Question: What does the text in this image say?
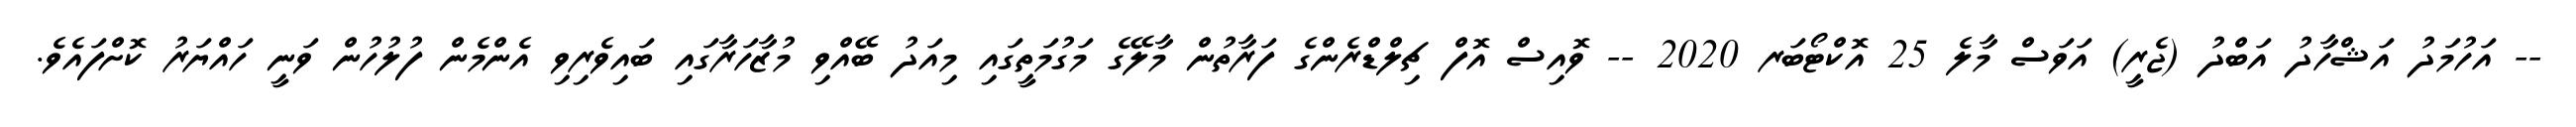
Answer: -- އަހުމަދު އަޝްހާދު އަބްދު (ޖެރީ) އަވަސް މާލެ 25 އޮކްޓޯބަރ 2020 -- ވޮއިސް އޮފް ޗިލްޑްރެންގެ ފަރާތުން މާލޭގެ މަގުމަތީގައި މިއަދު ބޭއްވި މުޒާހަރާގައި ބައިވެރިވި އެންމެން ފުލުހުން ވަނީ ހައްޔަރު ކޮށްފައެވެ.